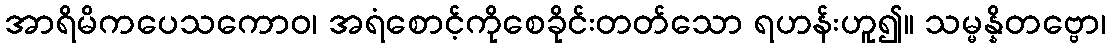
အာရိမိကပေသကောဝ၊ အရံစောင့်ကိုစေခိုင်းတတ်သော ရဟန်းဟူ၍။ သမ္မန္နိတဗ္ဗော၊